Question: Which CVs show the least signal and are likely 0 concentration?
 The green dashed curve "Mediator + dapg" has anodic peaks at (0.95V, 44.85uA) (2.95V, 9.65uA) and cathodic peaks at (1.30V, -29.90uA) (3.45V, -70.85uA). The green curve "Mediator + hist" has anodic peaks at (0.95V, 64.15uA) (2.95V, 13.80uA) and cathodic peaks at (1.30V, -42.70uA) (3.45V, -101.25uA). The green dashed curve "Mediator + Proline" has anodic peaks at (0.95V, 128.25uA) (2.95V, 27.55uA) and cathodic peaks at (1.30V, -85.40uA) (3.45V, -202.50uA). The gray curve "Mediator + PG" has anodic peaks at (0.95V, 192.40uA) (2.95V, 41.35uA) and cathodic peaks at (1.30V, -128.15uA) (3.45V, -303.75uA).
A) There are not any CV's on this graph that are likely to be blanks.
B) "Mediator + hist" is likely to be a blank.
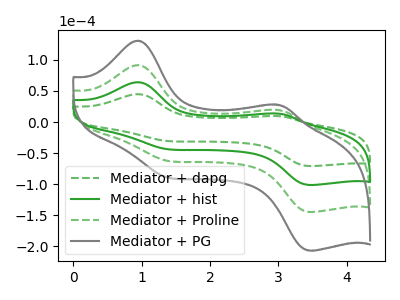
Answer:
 <answer>A) There are not any CV's on this graph that are likely to be blanks.</answer>
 <eval>A</eval>